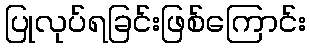
ပြုလုပ်ရခြင်းဖြစ်ကြောင်း